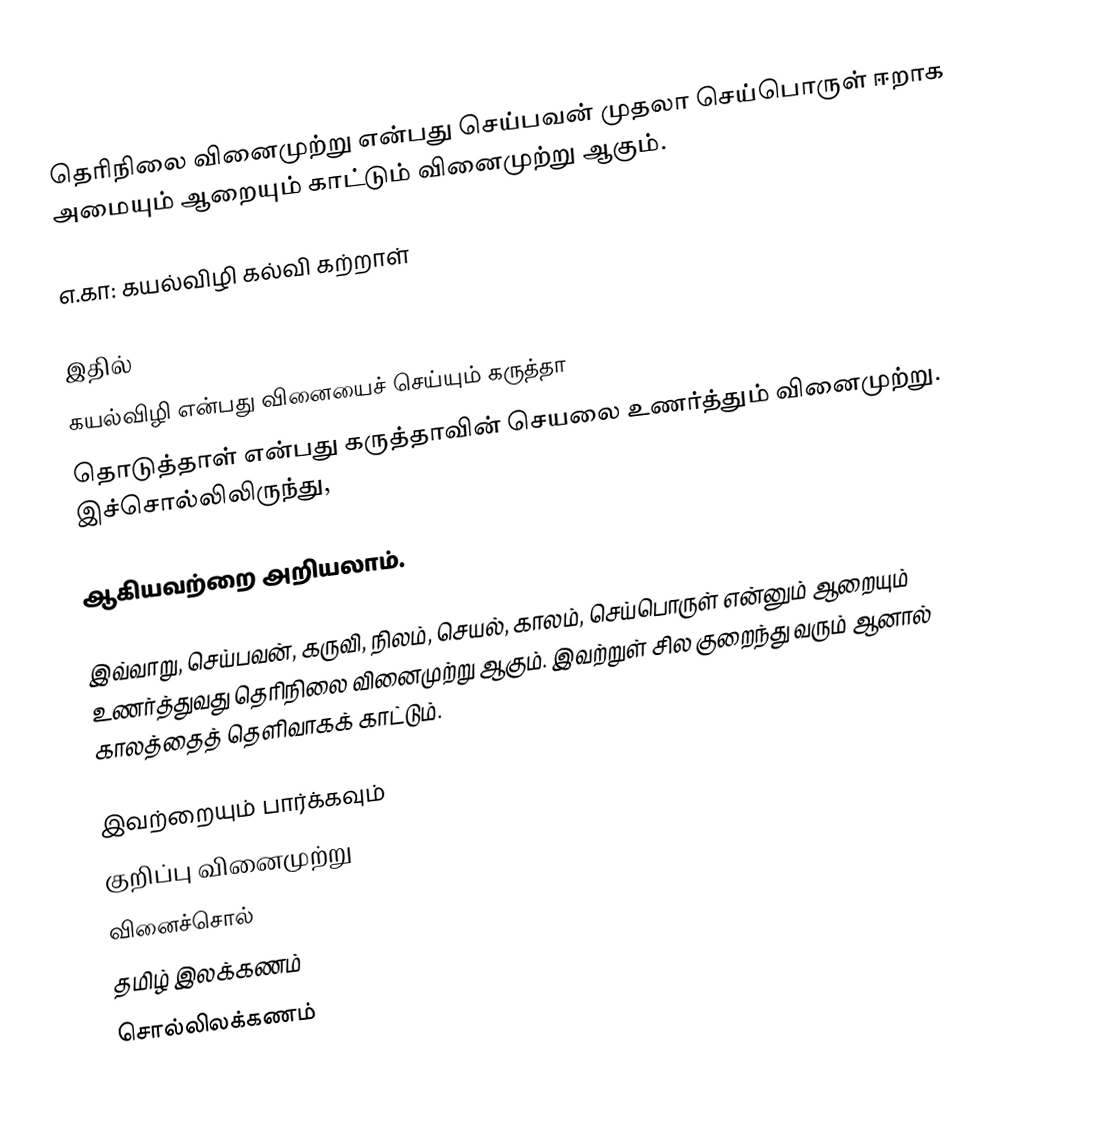
தெரிநிலை வினைமுற்று என்பது செய்பவன் முதலா செய்பொருள் ஈறாக அமையும் ஆறையும் காட்டும் வினைமுற்று ஆகும்.

எ.கா: கயல்விழி கல்வி கற்றாள்

இதில்
 கயல்விழி என்பது வினையைச் செய்யும் கருத்தா
 தொடுத்தாள் என்பது கருத்தாவின் செயலை உணர்த்தும் வினைமுற்று. இச்சொல்லிலிருந்து,

ஆகியவற்றை அறியலாம்.

இவ்வாறு, செய்பவன், கருவி, நிலம், செயல், காலம், செய்பொருள் என்னும் ஆறையும் உணர்த்துவது தெரிநிலை வினைமுற்று ஆகும். இவற்றுள் சில குறைந்து வரும் ஆனால் காலத்தைத் தெளிவாகக் காட்டும்.

இவற்றையும் பார்க்கவும்
 குறிப்பு வினைமுற்று
 வினைச்சொல்
 தமிழ் இலக்கணம்
சொல்லிலக்கணம்